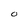
Character: 0